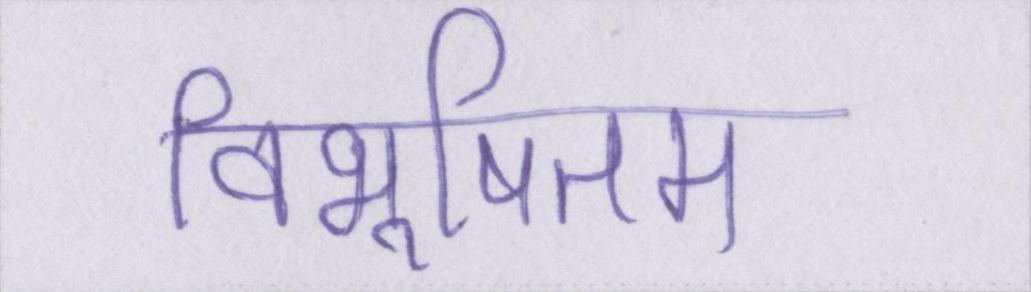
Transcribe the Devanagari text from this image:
विभूषितम